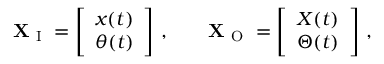
\mathbf { X } _ { \mathrm { ~ I ~ } } = \left[ \begin{array} { l } { x ( t ) } \\ { \theta ( t ) } \end{array} \right] \, , \qquad \mathbf { X } _ { \mathrm { ~ O ~ } } = \left[ \begin{array} { l } { X ( t ) } \\ { \Theta ( t ) } \end{array} \right] \, ,